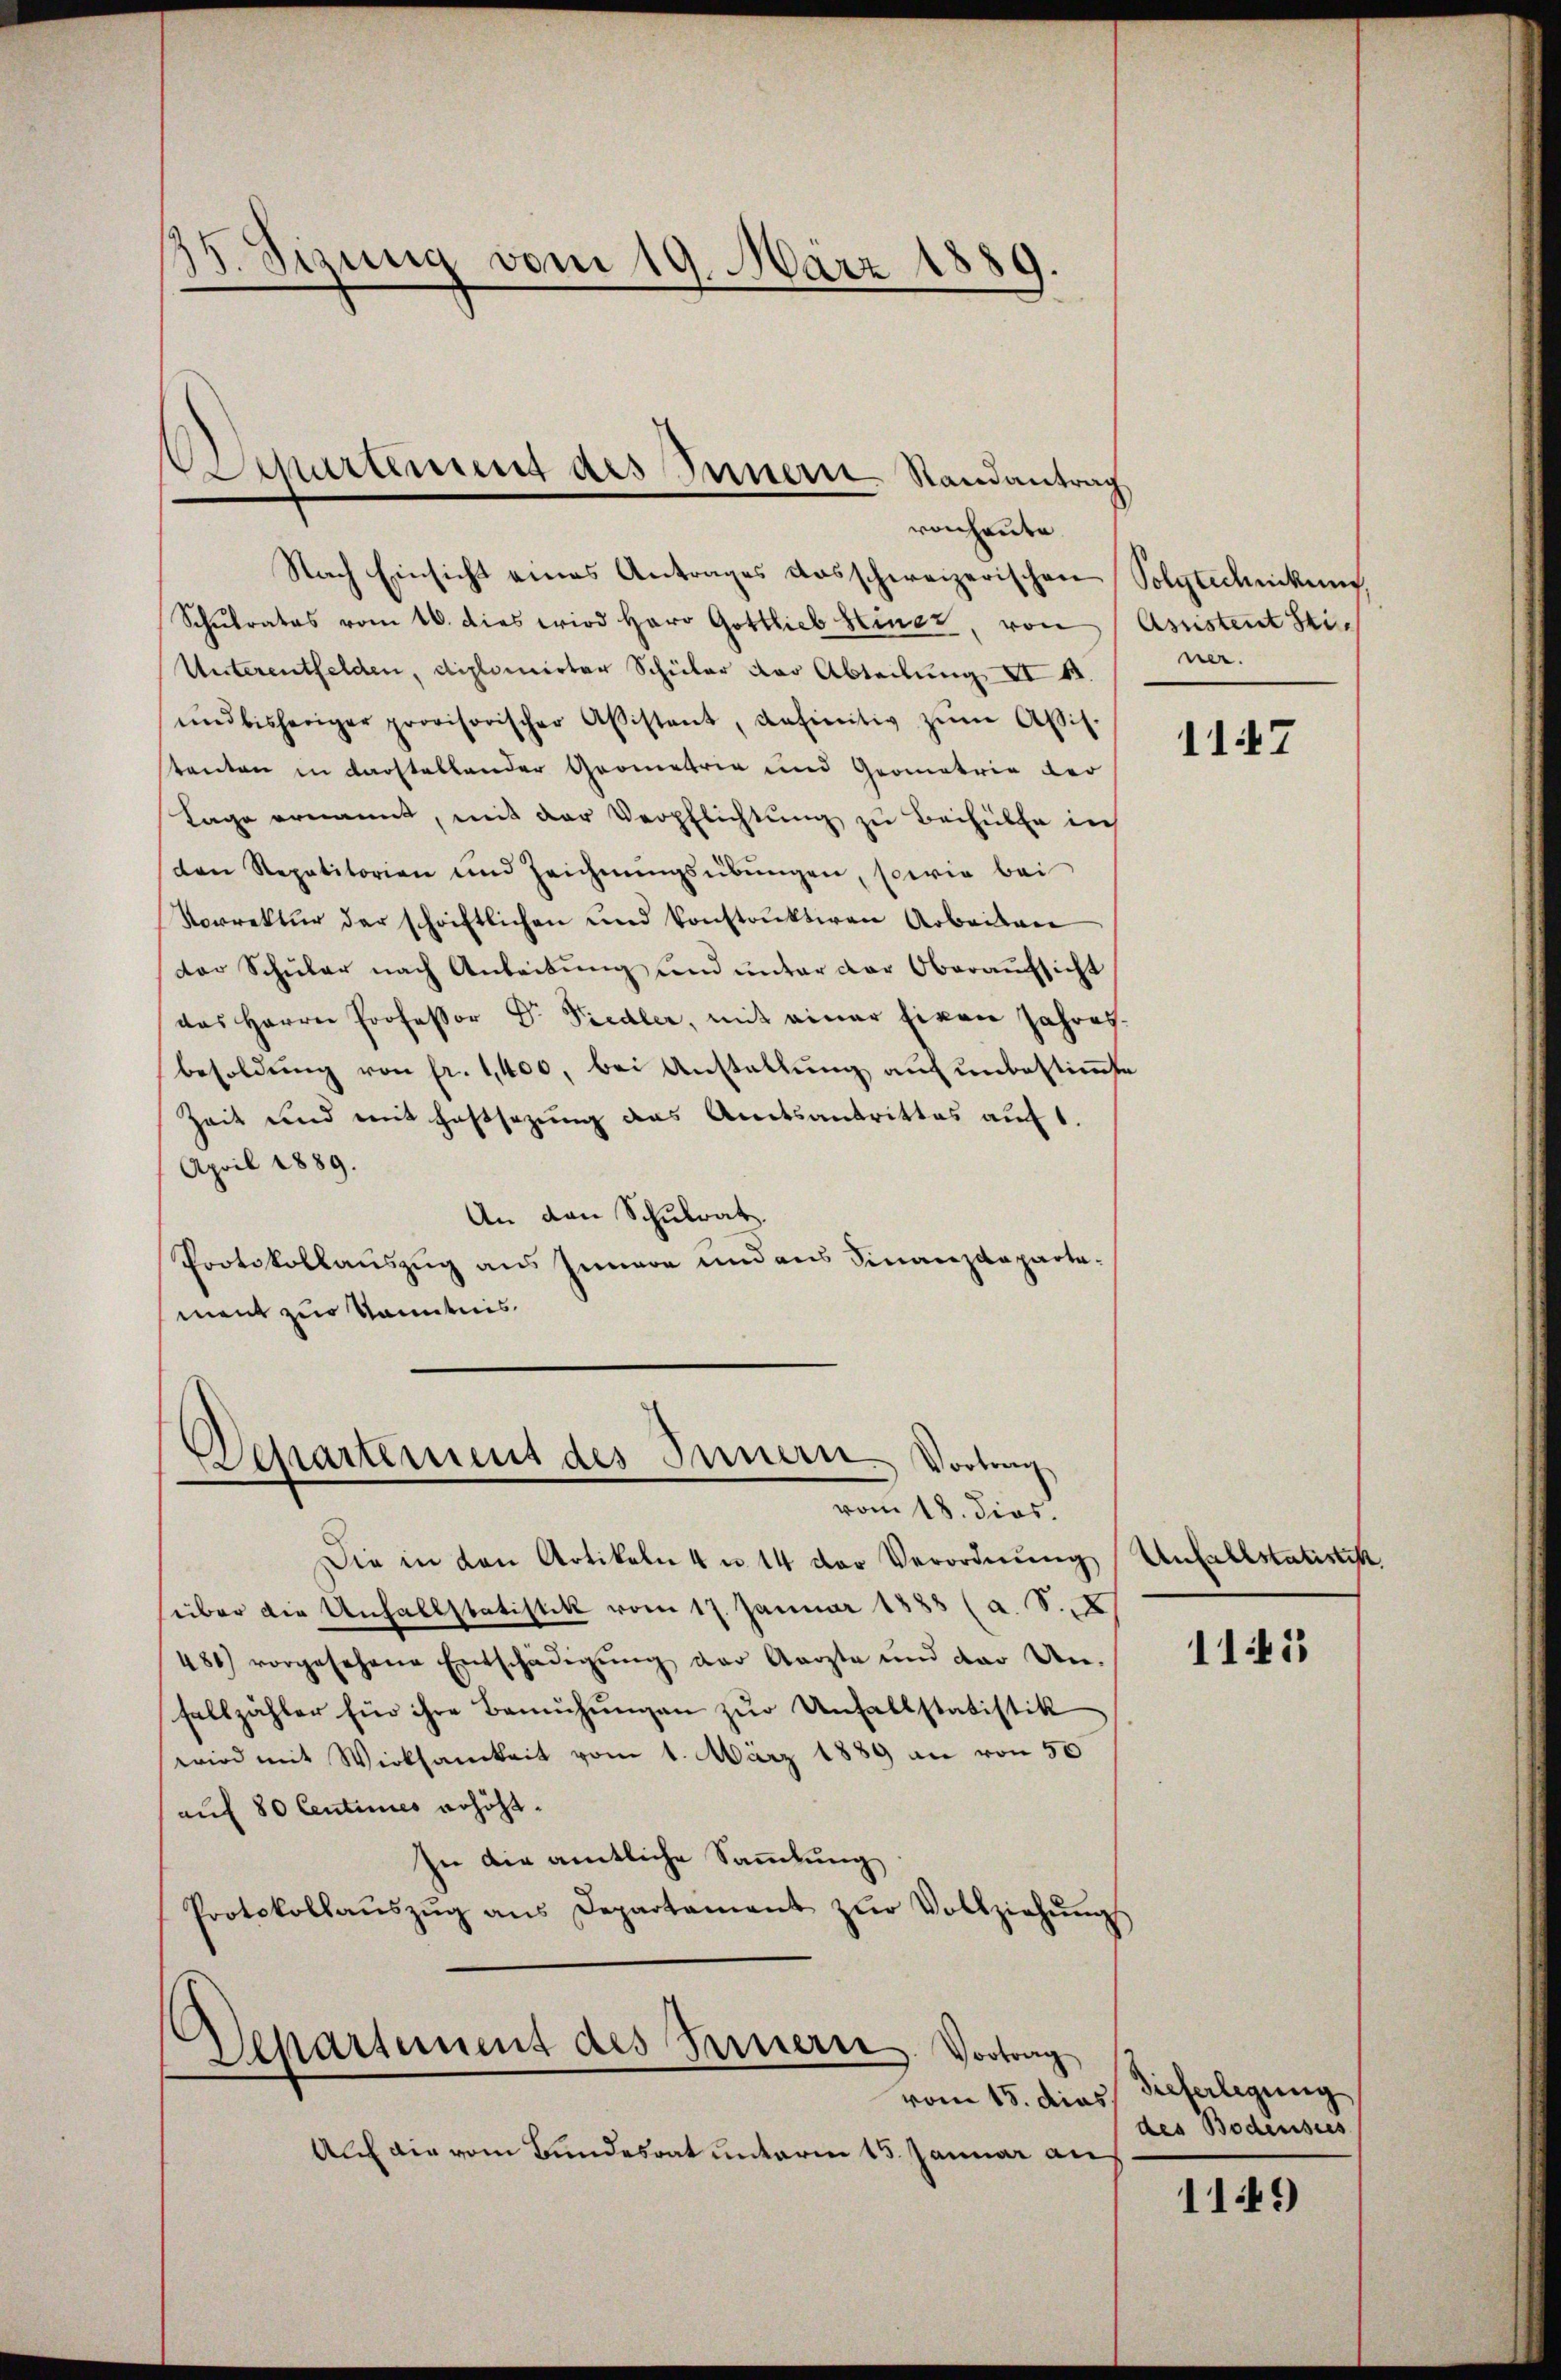
15. Sizung vom 19. März 1889.

ckartement des Innern Randantrag
ronheute

Nach Einsicht eines Antrages dosschweizerischen Polytechnikung,
Schŭlrates vom 16. dies wird Herr Gottlieb Heiner, von Assistent Sti¬
Unterentfelden, diplomirter Schüler der Abteilung II 4.
ŭnd bisheriger provisorischer Aßistent, definitiv zŭm Assis.
tenten in darstellender Geometrie und Geometrie der
Lage ernannt, mit der Verpflichtung zu Beihülfe in
den Repetitorien und Zeichnŭngsübungen, sowie bei
Vorrektur der schriftlichen und konstruktiven Arbeitsver
dor Schüler nach Anleidung und unter der Oberaufsicht
das Herrn Professor Dr. Fiedler, mit einer Eigen Jahres-
besoldŭng von fr. 1,400, bei Anstellŭng auf unbestimmte
Zeit und mit haftsezung das Amtsantrittes auf 1.
April 1889.
An den Schulrat.
Protokollauszug aus Innere und aus Finanzdeparta-
ment zur Kenntnis

Separtement des Innern. Vortrag
vom 18. dies

Departement des Fernern Vortrag
vom 15. dies

ner.

Die in den Artikeln 4 u. 14 der Verordnŭng
über die Unfallstatistik vom 17. Januar 1885 (a. S. X
481) vorgesehene Entschädigŭng der Aerzte und der Un-
fallzähler Ein ihre Bemühungen zur Unfallstatistik
wird mit Wirksamkeit vom 1. März 1889 an von 50
auf 80 Centimes erhöht.
In die amtliche Sammlung
Protokollaŭszŭg ans Departament zŭr Vollziehŭng

Alch die vom Bundesrat unterm 15. Januar an

1147

Unfallstatistik

1145

dieferlegung
des Bodensees

1149